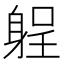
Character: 𨉑